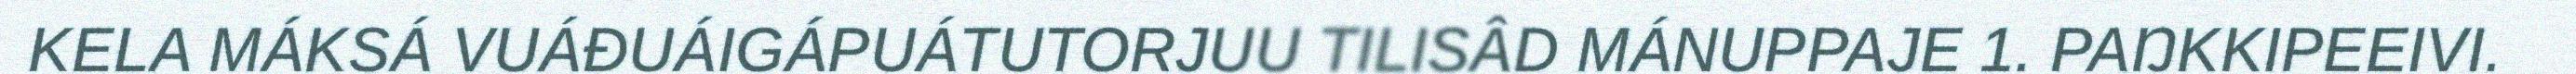
KELA MÁKSÁ VUÁĐUÁIGÁPUÁTUTORJUU TILISÂD MÁNUPPAJE 1. PAŊKKIPEEIVI.